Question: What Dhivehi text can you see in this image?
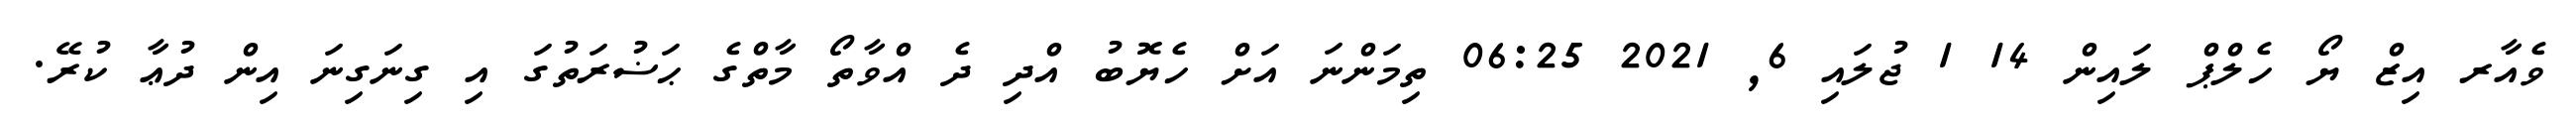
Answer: ވެއާރ އިޒް ޔޯ ހެލްޕް ލައިން 14 1 ޖުލައި 6, 2021 06:25 ތިމަންނަ އަށް ހެޔޮބު އްދި ދެ އްވާތޯ މާތްގެ ޙަޟުރަތުގަ އި ގިނަގިނަ އިން ދުޢާ ކުރޭ.